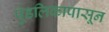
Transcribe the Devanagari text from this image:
पुंडलिकापासून